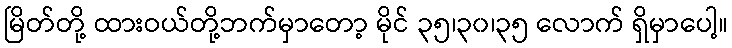
မြိတ်တို့ ထားဝယ်တို့ဘက်မှာတော့ မိုင် ၃၅၊၃၀၊၃၅ လောက် ရှိမှာပေါ့။